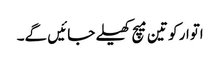
اتوار کو تین میچ کھیلے جائیں گے۔